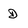
Character: D